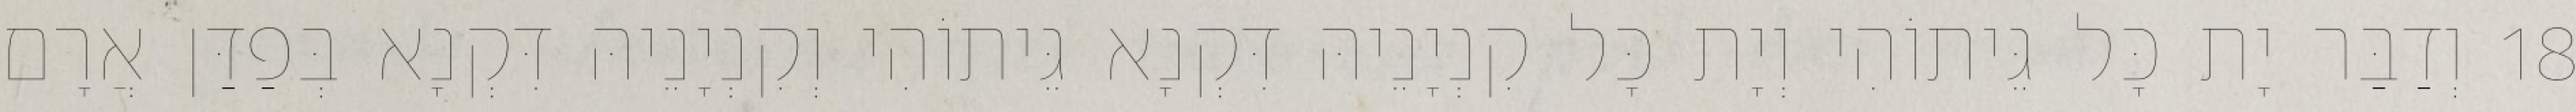
18 וְדַבַּר יָת כָּל גֵּיתוֹהִי וְיָת כָּל קִנְיָנֵיהּ דִּקְנָא גֵּיתוֹהִי וְקִנְיָנֵיהּ דִּקְנָא בְּפַדַּן אֲרָם